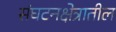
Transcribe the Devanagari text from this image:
संघटनक्षेत्रातील